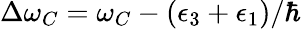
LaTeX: \Delta\omega_{C}=\omega_{C}-(\epsilon_{3}+\epsilon_{1})/\hbar